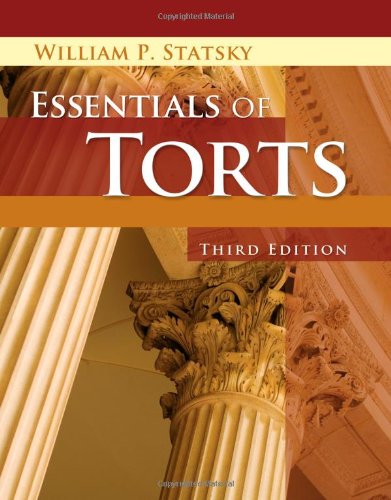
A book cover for Essentials of Torts; William P. Statsky; Law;